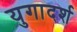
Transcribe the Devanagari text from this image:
युगादर्श